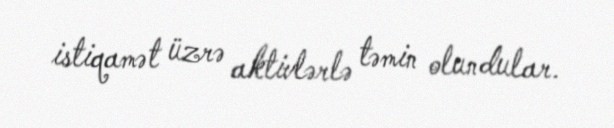
istiqamət üzrə aktivlərlə təmin olundular.